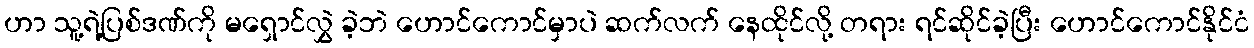
ဟာ သူ့ရဲ့ပြစ်ဒဏ်ကို မရှောင်လွှဲ ခဲ့ဘဲ ဟောင်ကောင်မှာပဲ ဆက်လက် နေထိုင်လို့ တရား ရင်ဆိုင်ခဲ့ပြီး ဟောင်ကောင်နိုင်ငံ